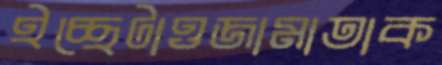
ইচ্ছেটাওজামাতাক